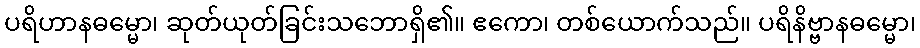
ပရိဟာနဓမ္မော၊ ဆုတ်ယုတ်ခြင်းသဘောရှိ၏။ ဧကော၊ တစ်ယောက်သည်။ ပရိနိဗ္ဗာနဓမ္မော၊